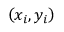
\left( x _ { i } , y _ { i } \right)